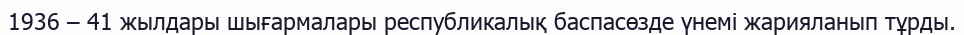
1936 – 41 жылдары шығармалары республикалық баспасөзде үнемі жарияланып тұрды.